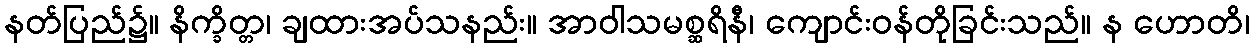
နတ်ပြည်၌။ နိက္ခိတ္တ၊ ချထားအပ်သနည်း။ အာဝါသမစ္ဆရိနီ၊ ကျောင်းဝန်တိုခြင်းသည်။ န ဟောတိ၊